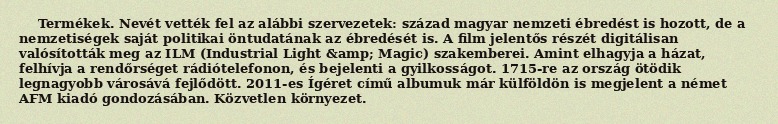
Termékek. Nevét vették fel az alábbi szervezetek: század magyar nemzeti ébredést is hozott, de a nemzetiségek saját politikai öntudatának az ébredését is. A film jelentős részét digitálisan valósították meg az ILM (Industrial Light &amp; Magic) szakemberei. Amint elhagyja a házat, felhívja a rendőrséget rádiótelefonon, és bejelenti a gyilkosságot. 1715-re az ország ötödik legnagyobb városává fejlődött. 2011-es Ígéret című albumuk már külföldön is megjelent a német AFM kiadó gondozásában. Közvetlen környezet.